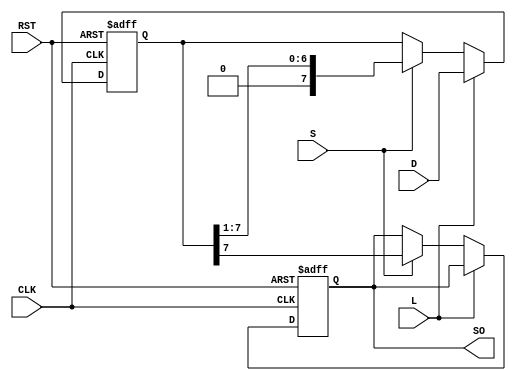
module PISO_Register #(
    parameter n = 8  // Parameter for the number of bits in the register
)(
    input wire [n-1:0] D,      // Parallel data input
    input wire L,               // Load control signal
    input wire S,               // Shift control signal
    input wire CLK,             // Clock signal
    input wire RST,             // Asynchronous reset signal
    output reg SO               // Serial output
);

    // Internal storage for the register
    reg [n-1:0] shift_reg;

    always @(posedge CLK or posedge RST) begin
        if (RST) begin
            // Asynchronous reset: clear the register
            shift_reg <= {n{1'b0}};
            SO <= 1'b0;  // Reset serial output
        end else if (L) begin
            // Load operation: load data into the register
            shift_reg <= D;
        end else if (S) begin
            // Shift operation: shift data out serially
            SO <= shift_reg[n-1]; // Output the MSB (first bit)
            shift_reg <= {1'b0, shift_reg[n-1:1]}; // Shift right
        end
    end

endmodule